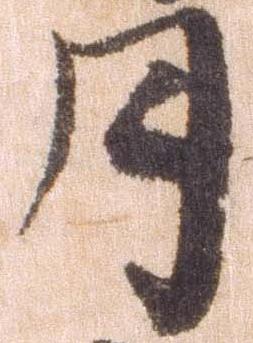
月